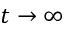
t \rightarrow \infty